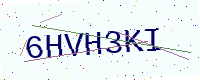
Text: 6HVH3KI